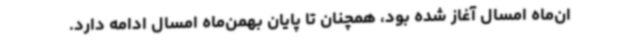
ان‌ماه امسال آغاز شده بود، همچنان تا پایان بهمن‌ماه امسال ادامه دارد.